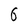
Character: 6